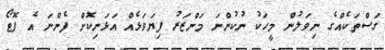
ގަސްތަކެއްގެ ނިވަލުން މީހަކު ނުކުންނަ މަންޒަރު ފިޔަވަޅެއް އަޅަނިކޮށް ފެންނަ އެ ފޮޓޯ